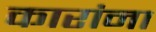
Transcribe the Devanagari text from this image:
कारांना